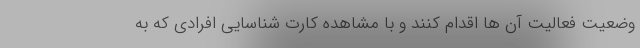
وضعیت فعالیت آن ها اقدام کنند و با مشاهده کارت شناسایی افرادی که به